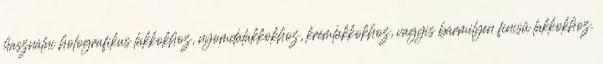
használni holografikus lakkokhoz, nyomdalakkokhoz, krémlakkokhoz, vagyis bármilyen finisű lakkokhoz.